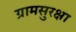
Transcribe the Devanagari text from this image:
ग्रामसुरक्षा